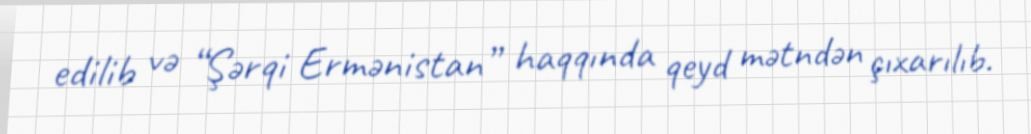
edilib və “Şərqi Ermənistan” haqqında qeyd mətndən çıxarılıb.